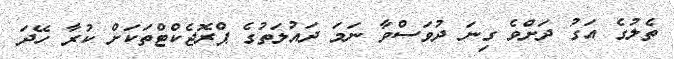
ތެލުގެ އަގު ދަށްވެ ގިނަ ދުވަސްވާ ނަމަ ދައުލަތުގެ ޕްރޮޖެކްޓްތަކަށް ކުރާ ހޭދަ